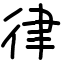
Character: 律